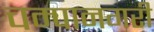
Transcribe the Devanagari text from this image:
चम्पानगरी